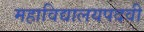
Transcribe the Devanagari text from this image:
महाविद्यालयपदवी